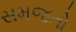
સમજતો